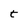
Character: t